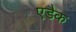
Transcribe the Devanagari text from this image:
एडैक